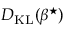
D _ { \mathrm { K L } } ( \beta ^ { \star } )